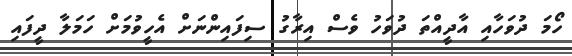
ހޯމަ ދުވަހާއި އާދީއްތަ ދުވަހު ވެސް އިރާގު ސިފައިންނަށް އެހީވުމަށް ހަމަލާ ދީފައި